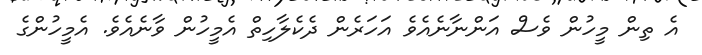
އެ ތިން މީހުން ވެސް އަންނާނެއެވެ އަހަރެން ދެކެލާހިތް އެމީހުން ވާނެއެވެ. އެމީހުންގެ